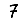
Digit: 7